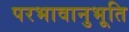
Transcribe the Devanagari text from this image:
परभावानुभूति